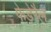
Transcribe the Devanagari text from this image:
फेडेरैल